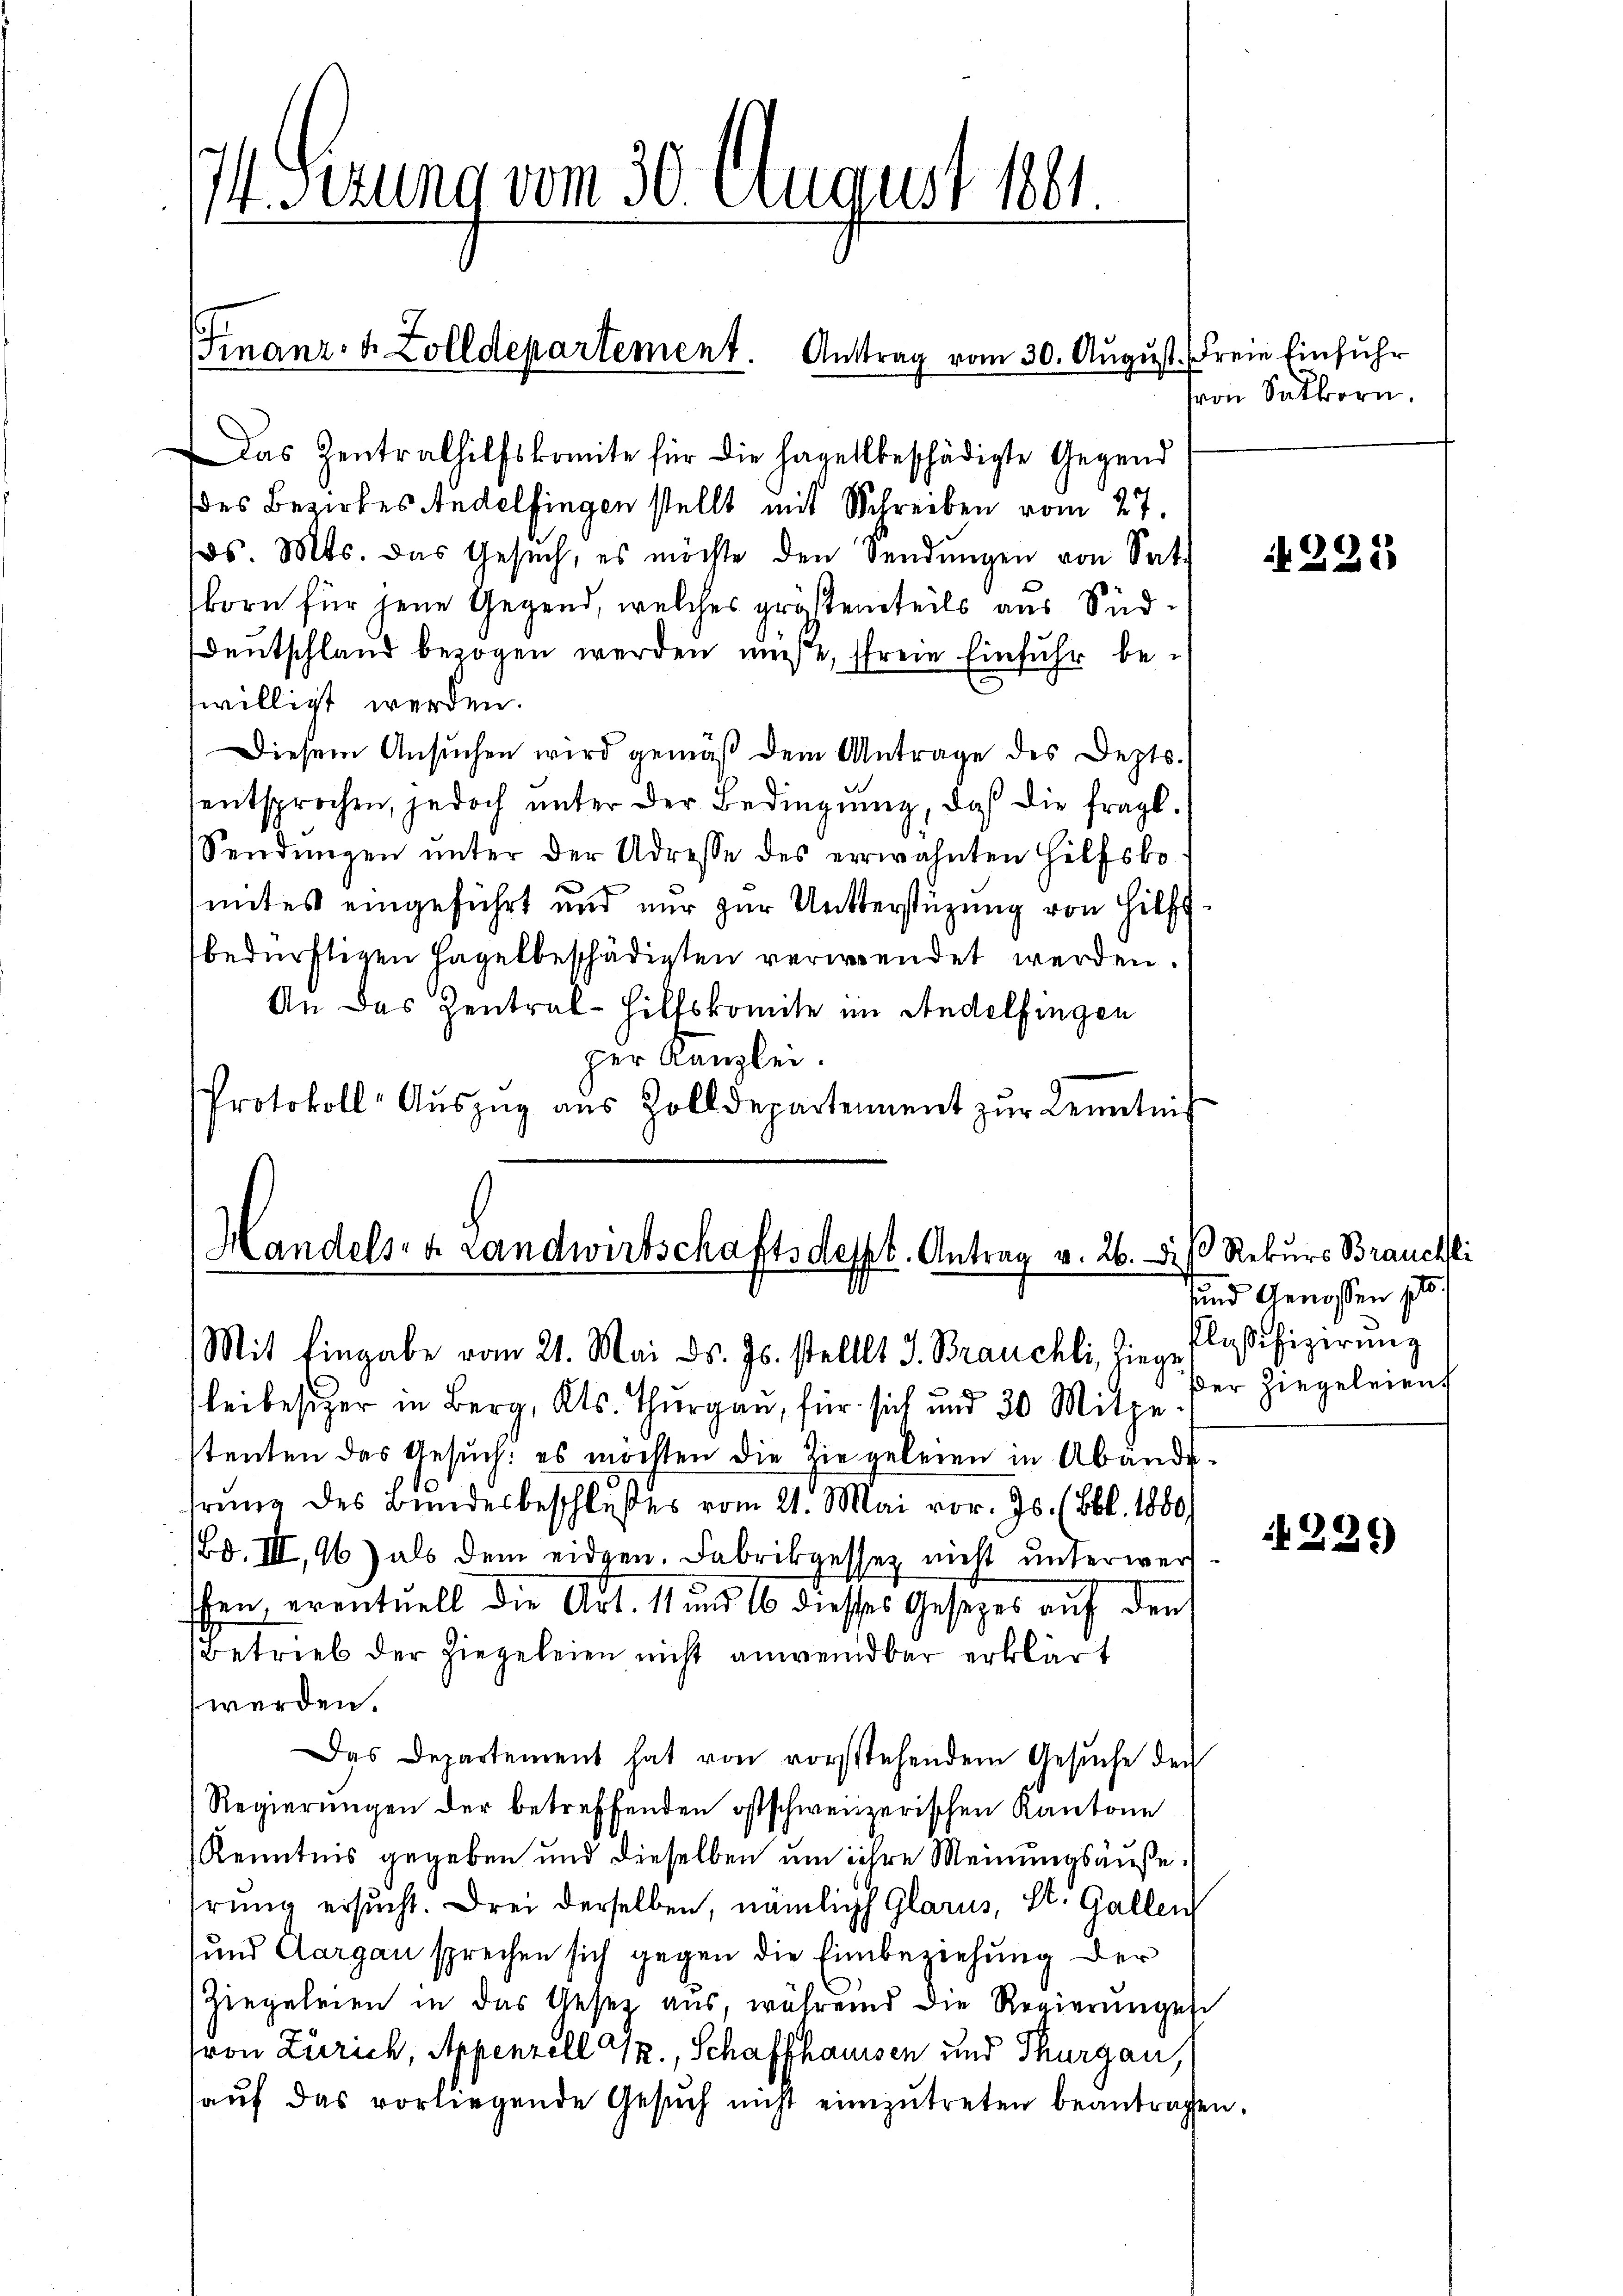
Sezung vom 30. August 1861.

FFinanz- & Zolldepartement. Antrag vom 30. August. Freie Einfuhr

as Zentralhilfskomite für die Hagellbeschädigte Gegend
des Bezirkes Andelfingen stellt mit Schreiben vom 27.
os. Mts. das Gesŭch, es möchte den Sendŭngen von Sat
born für jene Gegend, welches größtenteils aus Süd¬
Deutschland bezogen werden müße, freie Einfuhr bewilligt werden.
Diesem Ansuchen wird gemäß dem Antrage des Depts.
entsprochen, jedoch unter der Bedingung, daß die fragl.
Sendungen unter der Adresse des erwähnten Hilfsko
mites eingeführt und nur zur Unterstüzung von Hilfsbedürftigen Hagelbeschädigten verwendet werden.
An das Zentral- Hilfskomite im Andelfingen
per Kanzlei.
Protokoll- Aŭszŭg aŭs Zolldepartement zŭr Kenntnis

Handels- & Landwirtschaftsdest. Antrag v. 26. Di
Mit Eingabe vom 21. Mai d. Js. stellt J. Brauchli, Ziege

von Sakkorn.

leibesitzer in Berg, Kts. Thurgau, für sich und 30 Mitgestenten das Gesuch: es möchten die Ziegeleien in Abändehrung des Bundesbeschlußes vom 21. Mai vor. Js. (Bbl. 1880,
Bd. III, 96) als dem eidgen. Fabrikgesser nicht unterwerfchen, eventuell die Art. 11 und 16 diesses Gesetzes auf den
Betrieb der hiegeleien nicht anwendbar erklärt
werden.
Das Departement hat von vorstehendem Gesŭche der
Regierŭngen der betreffenden ostschweizerischen Kantone
Kenntnis gegeben und dieselben um ihre Meinungsäußehrung ersucht. Drei derselben, nämlich Glarus, St. Gallen
und Aargau sprechen sich gegen die Einbeziehung der
Ziegeleien in das Gesetz aus, während die Regierungen
(von Zürich, Appenzell G., Schaffhaussen und Thurgau,
auf das vorliegende Gesŭch nicht einzŭtreten beantragen

¬

N 225

Rekurs Brauchli
und Genossen p
Plaßifizierung
ßer hiegeleien

229)